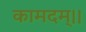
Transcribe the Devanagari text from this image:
कामदम्।।